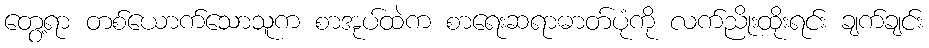
တွေ့ရာ တစ်ယောက်သောသူက စာအုပ်ထဲက စာရေးဆရာဓာတ်ပုံကို လက်ညိုးထိုးရင်း ချက်ချင်း